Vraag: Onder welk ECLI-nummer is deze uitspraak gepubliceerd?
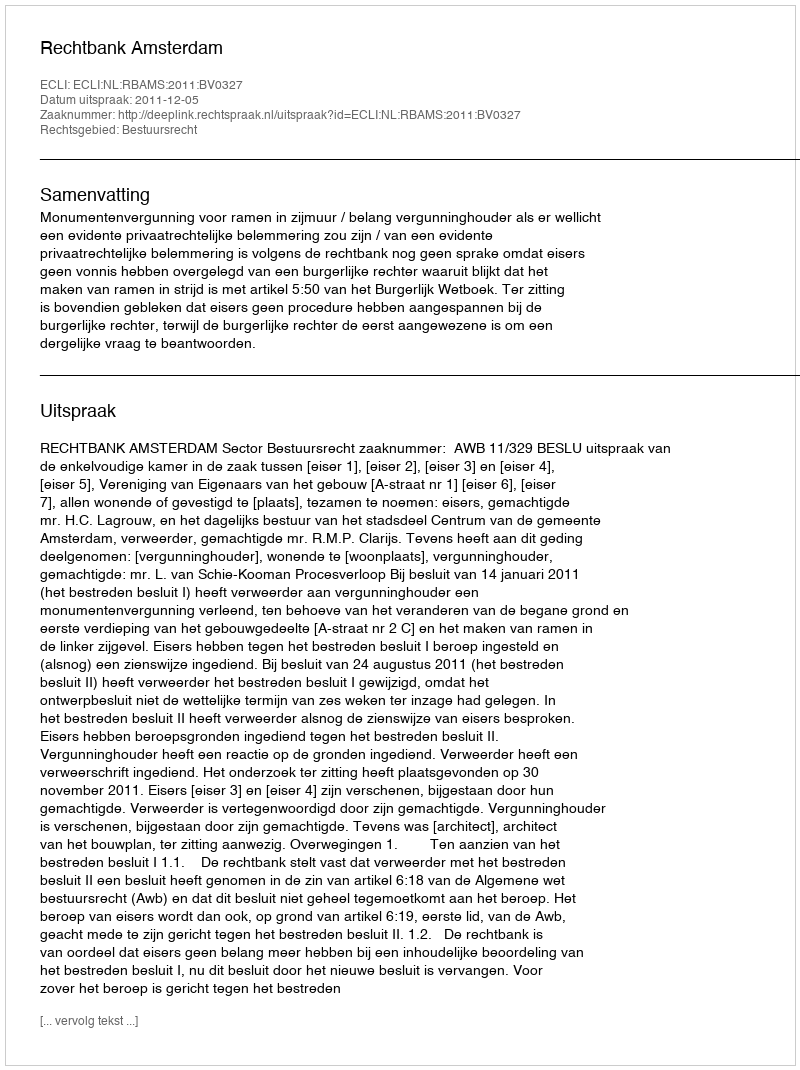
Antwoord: ECLI:NL:RBAMS:2011:BV0327